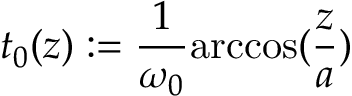
t _ { 0 } ( z ) : = \frac { 1 } { \omega _ { 0 } } \mathrm { a r c c o s } ( \frac { z } { a } )